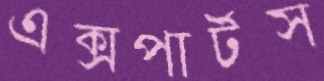
এক্সপার্টস